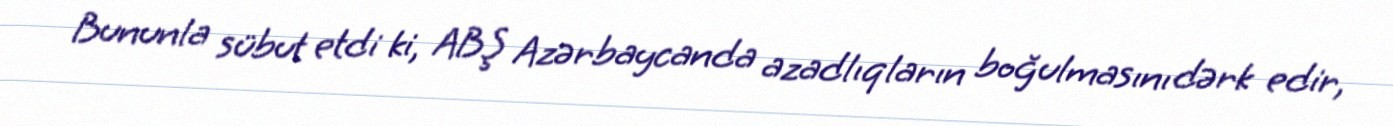
Bununla sübut etdi ki, ABŞ Azərbaycanda azadlıqların boğulmasını dərk edir,